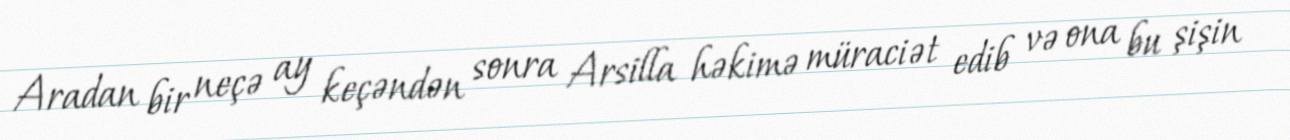
Aradan bir neçə ay keçəndən sonra Arsilla həkimə müraciət edib və ona bu şişin